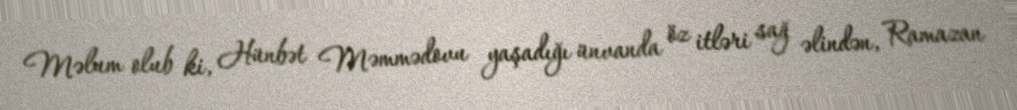
Məlum olub ki, Hünbət Məmmədovu yaşadığı ünvanda öz itləri sağ əlindən, Ramazan